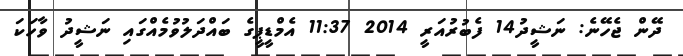
ދޭން ޖެހޭނެ: ނަޝީދު14 ފެބުރުއަރީ 2014 11:37 އެމްޑީޕީގެ ބައްދަލުވުމެއްގައި ނަޝީދު ވާހަކަ